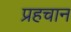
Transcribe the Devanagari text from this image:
प्रहचान